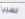
نسبيا